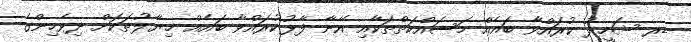
ޑރ ޝަހީދު ކުރައްވާ ބައެއް މަސައްކަތްތަކާއި އޭނާ ފާޅުކުރައްވާ ބައެއް ޚިޔާލުތަކަށް ދިވެހިންގެ